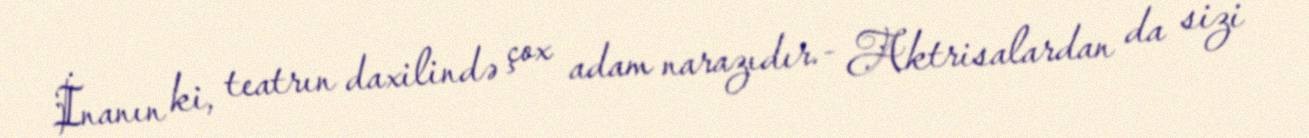
İnanın ki, teatrın daxilində çox adam narazıdır.- Aktrisalardan da sizi